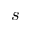
s